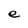
Character: e